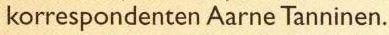
korrespondenten Aarne Tanninen.